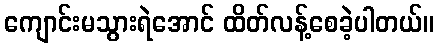
ကျောင်းမသွားရဲအောင် ထိတ်လန့်စေခဲ့ပါတယ်။